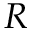
R